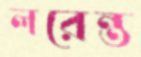
লরেন্ত